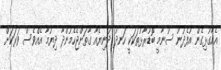
އެއާގުޅިގެން އުފެދުނު ސުނާމީ ބޮޑުރާޅުތަކަކީ ހަނދު ދުނިޔެއާ ގާތަށްޖެހެމުންދާ ދިޔުމާ އެއްވެސް ވަރަކަށް